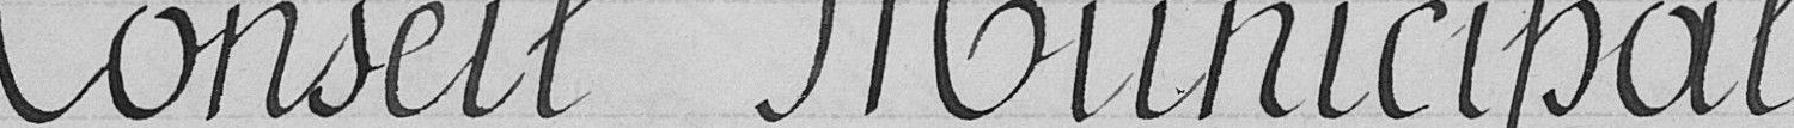
Conseil Municipal